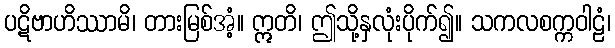
ပဋိဗာဟိဿာမိ၊ တားမြစ်အံ့။ ဣတိ၊ ဤသို့နှလုံးပိုက်၍။ သကလစက္ကဝါဠံ၊